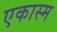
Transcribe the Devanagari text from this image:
एकास्म